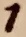
Text: 1